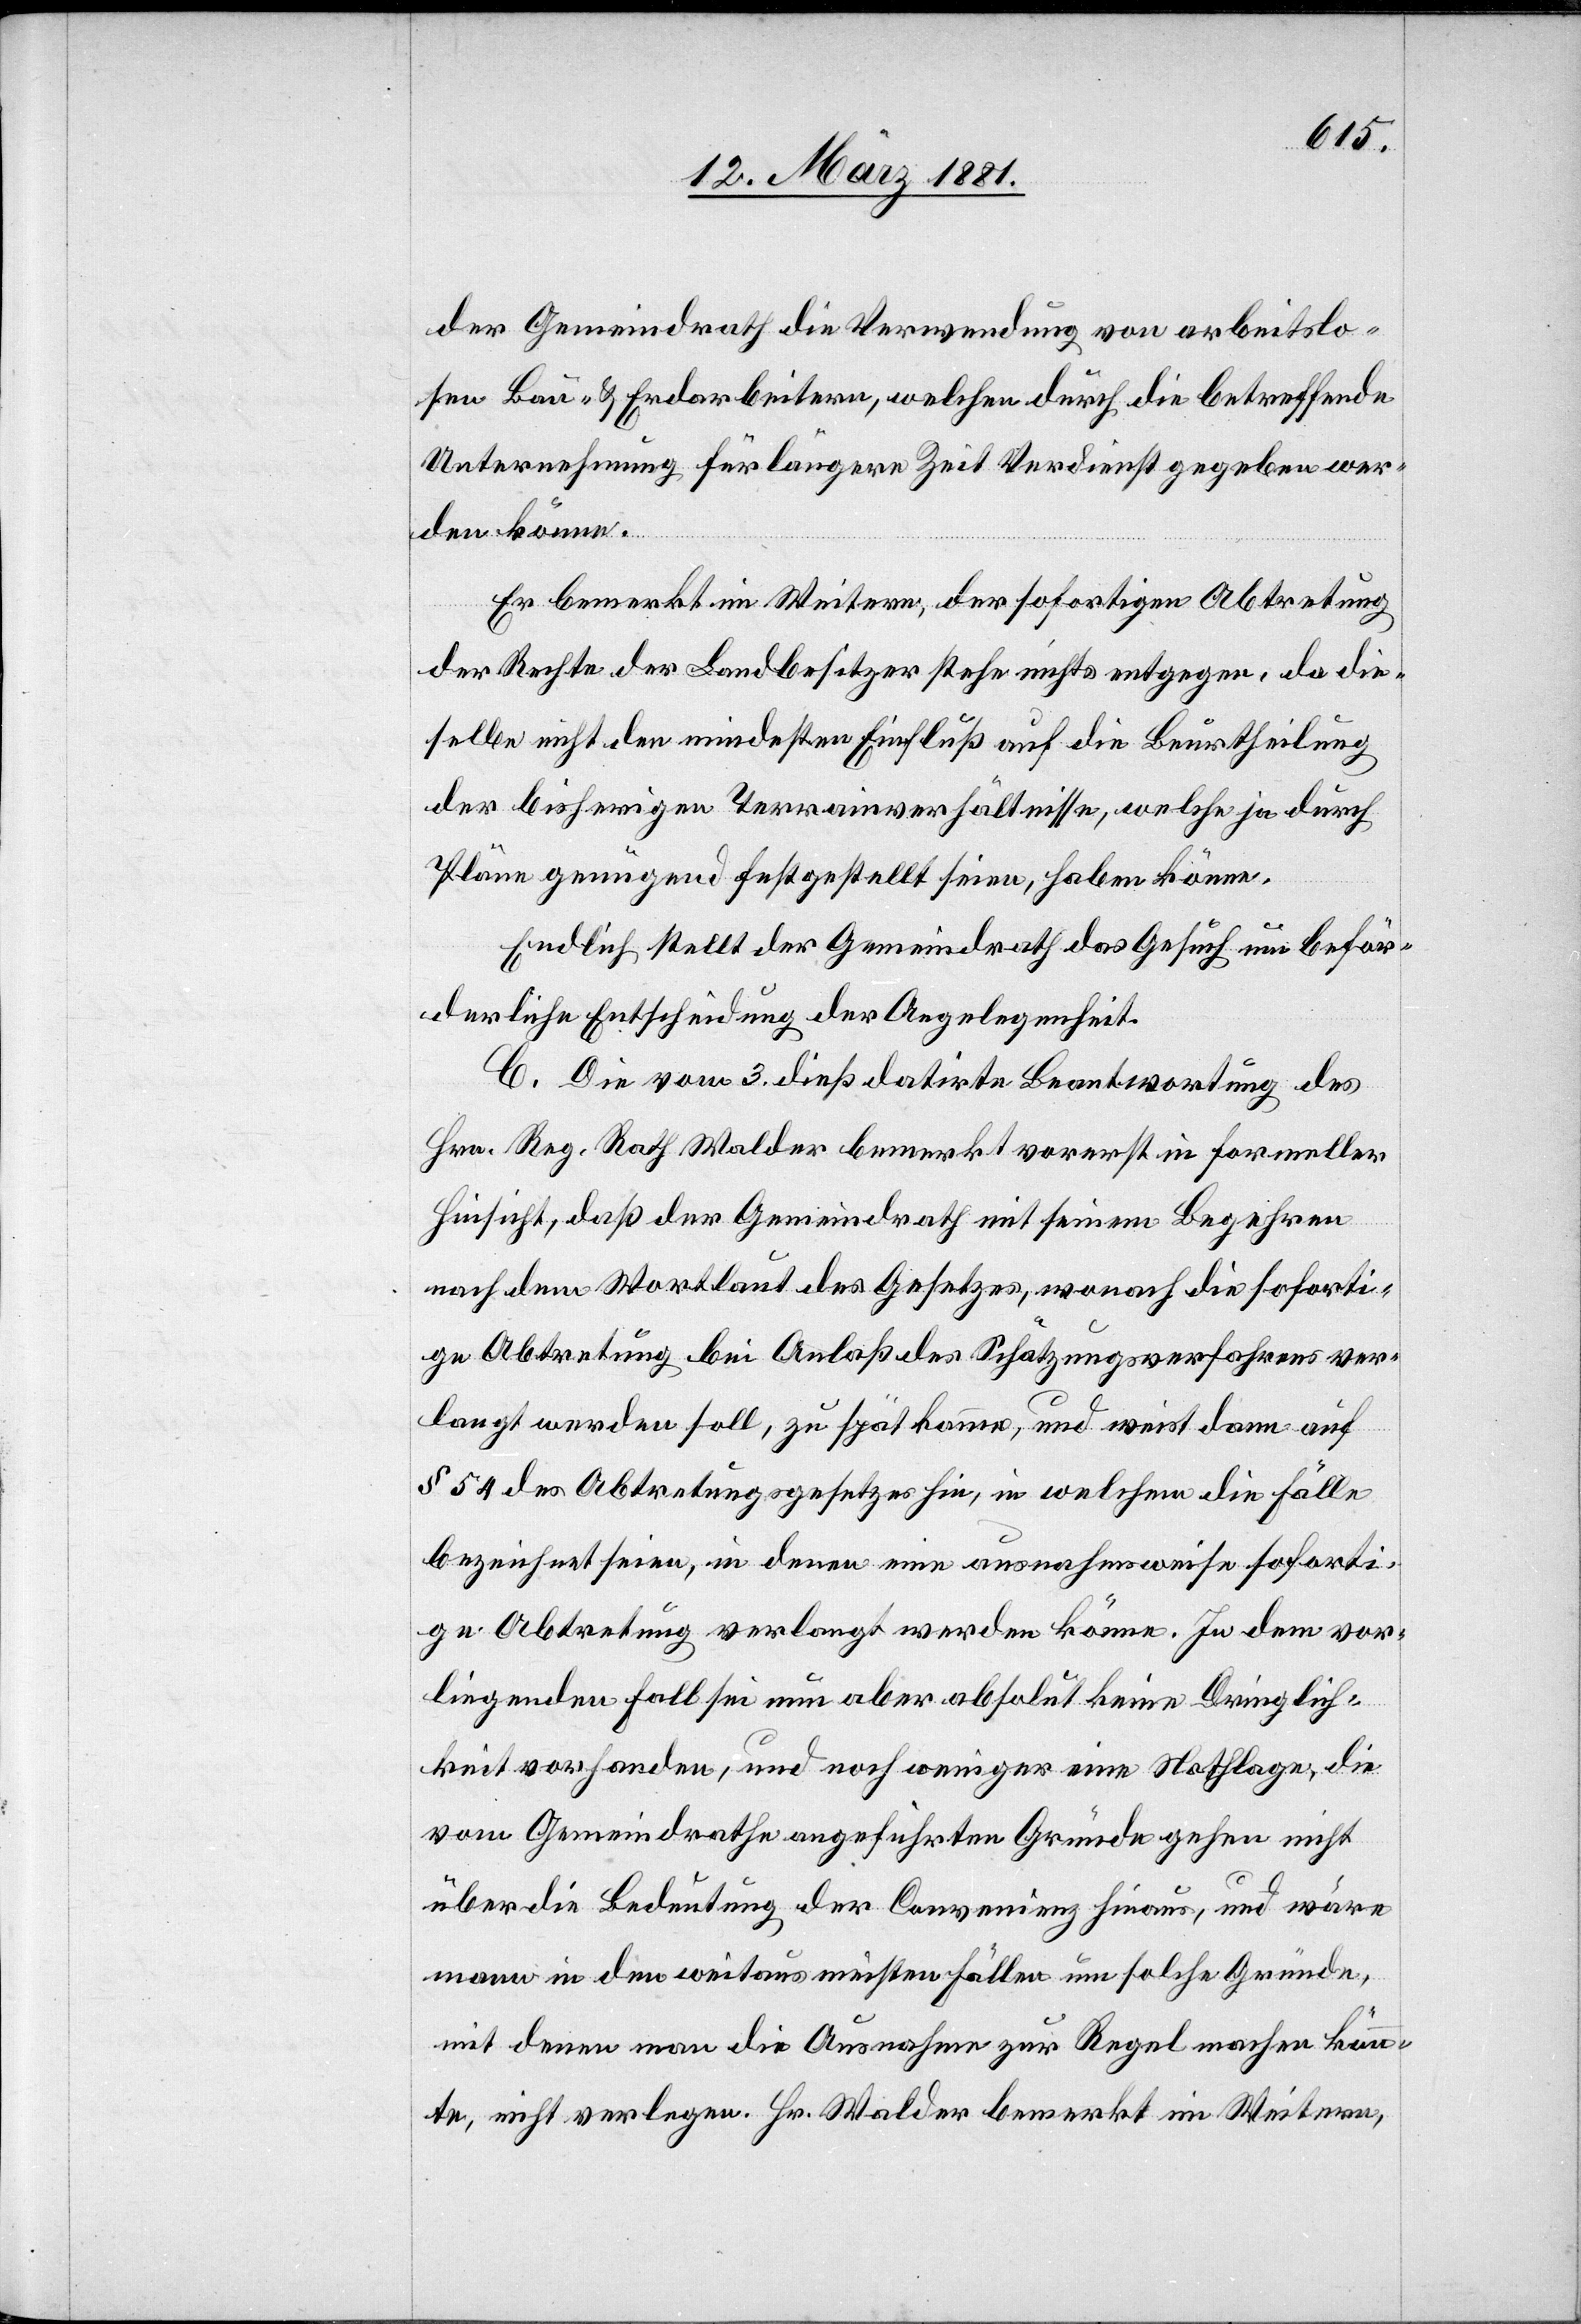
der Gemeindrath die Verwendung von arbeitslo¬
sen Bau- & Erdarbeitern, welchen durch die betreffende
Unternehmung für längere Zeit Verdienst gegeben wer¬
den könne.
Er bemerkt im Weitern, der sofortigen Abtretung
der Rechte der Landbesitzer stehe nichts entgegen, da die¬
selbe nicht den mindesten Einfluß auf die Beurtheilung
der bisherigen Terrainverhältnisse, welche ja durch
Pläne genügend festgestellt seien, haben könne.
Endlich stellt der Gemeindrath das Gesuch um beför¬
derliche Entscheidung der Angelegenheit.
C. Die vom 3. dieß datirte Beantwortung des
Hrn. Reg. Rath Walder bemerkt vorerst in formeller
Hinsicht, daß der Gemeindrath mit seinem Begehren
nach dem Wortlaut des Gesetzes, wonach die soforti¬
ge Abtretung bei Anlaß des Schätzungsverfahrens ver¬
langt werden soll, zu spät komme, und weist dann auf
§ 54 des Abtretungsgesetzes hin, in welchem die Fälle
bezeichnet seien, in denen eine ausnahmsweise soforti¬
ge Abtretung verlangt werden könne. In dem vor¬
liegenden Fall sei nun aber absolut keine Dringlich¬
keit vorhanden, und noch weniger eine Nothlage, die
vom Gemeindrathe angeführten Gründe gehen nicht
über die Bedeutung der Convenienz hinaus, und wäre
mann [sic!] in den weitaus meisten Fällen um solche Gründe,
mit denen man die Ausnahme zur Regel machen könn¬
te, nicht verlegen. Hr. Walder bemerkt im Weitern,